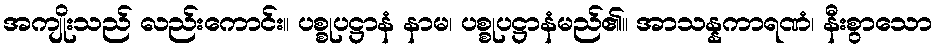
အကျိုးသည် လည်းကောင်း။ ပစ္စုပဋ္ဌာနံ နာမ၊ ပစ္စုပဋ္ဌာနံမည်၏။ အာသန္နကာရဏံ၊ နီးစွာသော